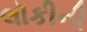
લૉકીની